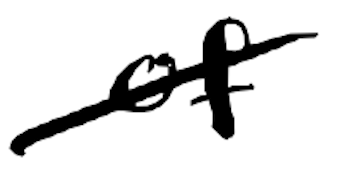
Text: of
Cross-out: diagonal
Writing tool: digital_black